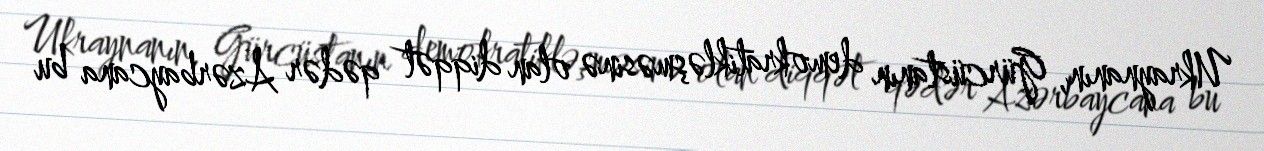
Ukraynanın, Gürcüstanın demokratikləşməsinə olan diqqət qədər Azərbaycana bu